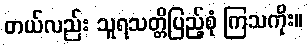
တယ်လည်း သူရသတ္တိပြည့်စုံ ကြသကိုး။